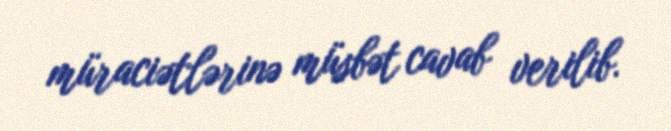
müraciətlərinə müsbət cavab verilib.